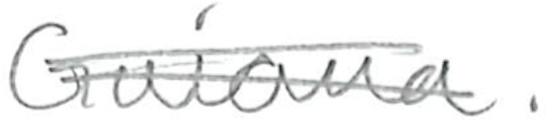
Text: Guiana.
Cross-out: double-line
Writing tool: pencil